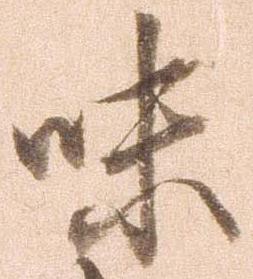
味